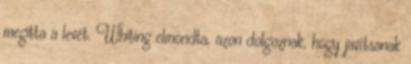
megitta a levét. Whiting elmondta, azon dolgoznak, hogy javítsanak